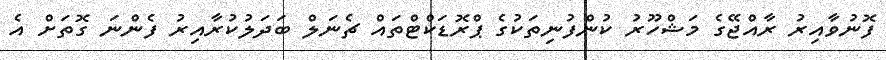
ފޮނުވާއިރު ރާއްޖޭގެ މަޝްހޫރު ކުންފުނިތަކުގެ ޕްރޮޑަކްޓްތައް ޗެނަލް ބަދަލުކުރާއިރު ފެންނަ ގޮތަށް އެ